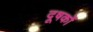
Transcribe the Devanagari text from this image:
दूषकों